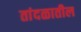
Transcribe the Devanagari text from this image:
तांदळातील